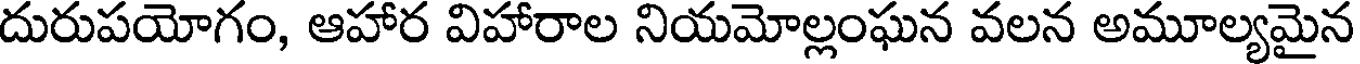
దురుపయోగం, ఆహార విహారాల నియమోల్లంఘన వలన అమూల్యమైన